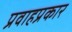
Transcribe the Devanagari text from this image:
प्रवाहप्रकार